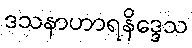
ဒသနာဟာရနိဒ္ဒေသ